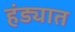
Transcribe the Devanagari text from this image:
हंड्यात